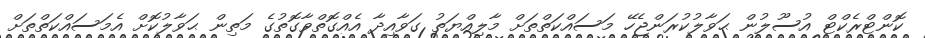
ކޮންޓްރެކްޓް އުސޫލުން ޙަވާލުކުރަންޖެހޭ މަސައްކަތްތަށް މާލިއްޔަތު ގަވާއިދާ އެއްގޮތްވާގޮތުގެ މަތިން ޙަވާލުކޮށް އެމަސައްކަތްތަށް